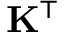
\mathbf { K } ^ { \top }